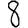
Digit: 8